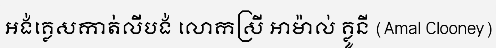
អង់គ្លេសកាត់លីបង់ លោកស្រី អាម៉ាល់ គ្លូនី (Amal Clooney)